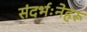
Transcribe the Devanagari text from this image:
संदर्भःनेहरू